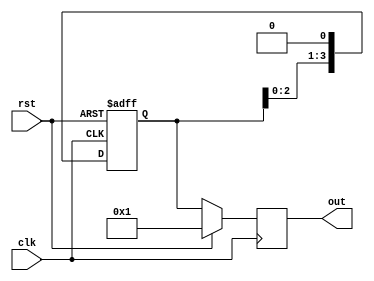
module ring_counter(
    input wire clk,
    input wire rst,
    output reg [3:0] out
);

reg [3:0] state;

always @ (posedge clk or posedge rst)
begin
    if (rst)
        state <= 4'b0001;
    else
        state <= state << 1;
end

always @ (posedge clk)
begin
    if (rst)
        out <= 4'b0001;
    else
        out <= state;
end

endmodule